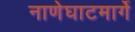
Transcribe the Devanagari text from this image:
नाणेघाटमार्गे